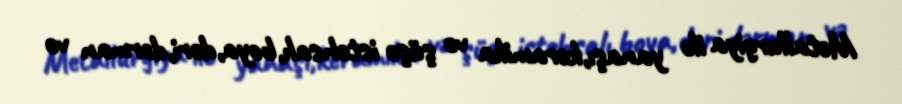
Metallurgiya ilə yanaşı,keramika və şüşə istehsalı,boya,dəri,dərman və